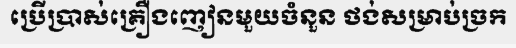
ប្រើប្រាស់គ្រឿងញៀនមួយចំនួន ថង់សម្រាប់ច្រក